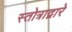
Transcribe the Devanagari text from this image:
स्तोत्राद्वारे